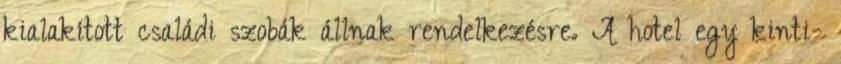
kialakított családi szobák állnak rendelkezésre. A hotel egy kinti-